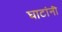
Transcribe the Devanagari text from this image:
घाटांनी